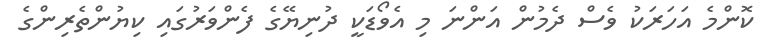
ކޮންމެ އަހަރަކު ވެސް ދެމުން އަންނަ މި އެވޯޑަކީ ދުނިޔޭގެ ފެންވަރުގައި ކިޔުންތެރިންގެ